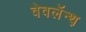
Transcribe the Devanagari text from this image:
वेवलॅन्थ़